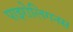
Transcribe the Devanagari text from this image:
पाइरोलिगनस